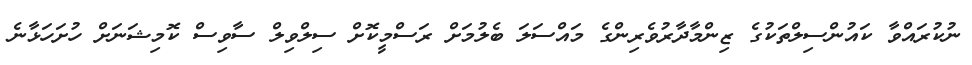
ނުކުރައްވާ ކައުންސިލްތަކުގެ ޒިންމާދާރުވެރިންގެ މައްސަލަ ބެލުމަށް ރަސްމީކޮށް ސިލްވިލް ސާވިސް ކޮމިޝަނަށް ހުށަހަޅާނެ